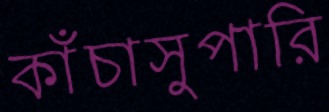
কাঁচাসুপারি